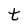
Character: t